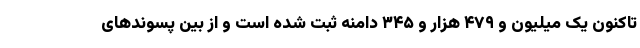
تاکنون یک میلیون و ۴۷۹ هزار و ۳۴۵ دامنه ثبت شده است و از بین پسوندهای